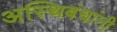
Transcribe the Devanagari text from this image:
अस्थिबंधांनी